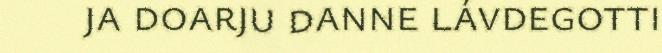
ja doarju danne lávdegotti